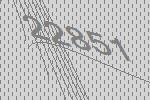
22851